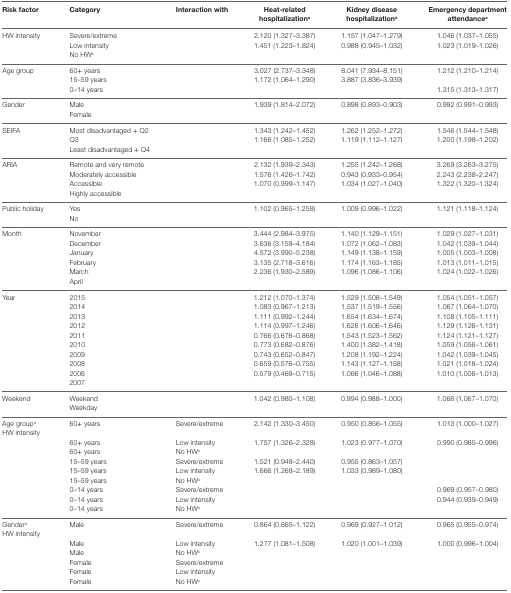
<table><thead><tr><td><b>Risk factor</b></td><td><b>Category</b></td><td><b>Interaction with</b></td><td><b>Heat-related hospitalization<sup>a</sup></b></td><td><b>Kidney disease hospitalization<sup>a</sup></b></td><td><b>Emergency department attendance<sup>a</sup></b></td></tr></thead><tbody><tr><td>HW intensity</td><td colspan="2">Severe/extreme</td><td>2.120 (1.327–3.387)</td><td>1.157 (1.047–1.279)</td><td>1.046 (1.037–1.055)</td></tr><tr><td></td><td>Low intensity</td><td></td><td>1.451 (1.223–1.824)</td><td>0.988 (0.945–1.032)</td><td>1.023 (1.019–1.026)</td></tr><tr><td></td><td>No HW<sup>a</sup></td><td></td><td></td><td></td><td></td></tr><tr><td>Age group</td><td>60+ years</td><td></td><td>3.027 (2.737–3.348)</td><td>8.041 (7.934–8.151)</td><td>1.212 (1.210–1.214)</td></tr><tr><td></td><td>15–59 years</td><td></td><td>1.172 (1.064–1.290)</td><td>3.887 (3.836–3.939)</td><td></td></tr><tr><td></td><td>0–14 years</td><td></td><td></td><td></td><td>1.315 (1.313–1.317)</td></tr><tr><td>Gender</td><td>Male</td><td></td><td>1.939 (1.814–2.072)</td><td>0.898 (0.893–0.903)</td><td>0.992 (0.991–0.993)</td></tr><tr><td></td><td>Female</td><td></td><td></td><td></td><td></td></tr><tr><td>SEIFA</td><td>Most disadvantaged + Q2</td><td></td><td>1.343 (1.242–1.452)</td><td>1.262 (1.252–1.272)</td><td>1.546 (1.544–1.548)</td></tr><tr><td></td><td>Q3</td><td></td><td>1.166 (1.085–1.252)</td><td>1.119 (1.112–1.127)</td><td>1.200 (1.198–1.202)</td></tr><tr><td></td><td>Least disadvantaged + Q4</td><td></td><td></td><td></td><td></td></tr><tr><td>ARIA</td><td>Remote and very remote</td><td></td><td>2.132 (1.939–2.343)</td><td>1.255 (1.242–1.268)</td><td>3.269 (3.263–3.275)</td></tr><tr><td></td><td>Moderately accessible</td><td></td><td>1.576 (1.426–1.742)</td><td>0.943 (0.933–0.954)</td><td>2.243 (2.238–2.247)</td></tr><tr><td></td><td>Accessible</td><td></td><td>1.070 (0.999–1.147)</td><td>1.034 (1.027–1.040)</td><td>1.322 (1.320–1.324)</td></tr><tr><td></td><td>Highly accessible</td><td></td><td></td><td></td><td></td></tr><tr><td>Public holiday</td><td>Yes</td><td></td><td>1.102 (0.965–1.258)</td><td>1.009 (0.996–1.022)</td><td>1.121 (1.118–1.124)</td></tr><tr><td></td><td>No</td><td></td><td></td><td></td><td></td></tr><tr><td>Month</td><td>November</td><td></td><td>3.444 (2.984–3.975)</td><td>1.140 (1.129–1.151)</td><td>1.029 (1.027–1.031)</td></tr><tr><td></td><td>December</td><td></td><td>3.636 (3.159–4.184)</td><td>1.072 (1.062–1.083)</td><td>1.042 (1.039–1.044)</td></tr><tr><td></td><td>January</td><td></td><td>4.572 (3.990–5.238)</td><td>1.149 (1.138–1.159)</td><td>1.005 (1.003–1.008)</td></tr><tr><td></td><td>February</td><td></td><td>3.135 (2.718–3.616)</td><td>1.174 (1.163–1.185)</td><td>1.013 (1.011–1.015)</td></tr><tr><td></td><td>March</td><td></td><td>2.236 (1.930–2.589)</td><td>1.096 (1.086–1.106)</td><td>1.024 (1.022–1.026)</td></tr><tr><td></td><td>April</td><td></td><td></td><td></td><td></td></tr><tr><td>Year</td><td>2015</td><td></td><td>1.212 (1.070–1.374)</td><td>1.529 (1.508–1.549)</td><td>1.054 (1.051–1.057)</td></tr><tr><td></td><td>2014</td><td></td><td>1.083 (0.967–1.213)</td><td>1.537 (1.519–1.556)</td><td>1.067 (1.064–1.070)</td></tr><tr><td></td><td>2013</td><td></td><td>1.111 (0.992–1.244)</td><td>1.654 (1.634–1.674)</td><td>1.108 (1.105–1.111)</td></tr><tr><td></td><td>2012</td><td></td><td>1.114 (0.997–1.246)</td><td>1.626 (1.606–1.646)</td><td>1.129 (1.126–1.131)</td></tr><tr><td></td><td>2011</td><td></td><td>0.766 (0.676–0.868)</td><td>1.543 (1.523–1.562)</td><td>1.124 (1.121–1.127)</td></tr><tr><td></td><td>2010</td><td></td><td>0.773 (0.682–0.876)</td><td>1.400 (1.382–1.418)</td><td>1.059 (1.056–1.061)</td></tr><tr><td></td><td>2009</td><td></td><td>0.743 (0.652–0.847)</td><td>1.208 (1.192–1.224)</td><td>1.042 (1.039–1.045)</td></tr><tr><td></td><td>2008</td><td></td><td>0.659 (0.576–0.755)</td><td>1.143 (1.127–1.158)</td><td>1.021 (1.018–1.024)</td></tr><tr><td></td><td>2006</td><td></td><td>0.579 (0.469–0.715)</td><td>1.066 (1.046–1.088)</td><td>1.010 (1.006–1.013)</td></tr><tr><td></td><td>2007</td><td></td><td></td><td></td><td></td></tr><tr><td>Weekend</td><td>Weekend</td><td></td><td>1.042 (0.980–1.108)</td><td>0.994 (0.988–1.000)</td><td>1.068 (1.067–1.070)</td></tr><tr><td></td><td>Weekday</td><td></td><td></td><td></td><td></td></tr><tr><td>Age group<sup>a</sup></td><td rowspan="2">60+ years</td><td rowspan="2">Severe/extreme</td><td rowspan="2">2.142 (1.330–3.450)</td><td rowspan="2">0.950 (0.856–1.055)</td><td rowspan="2">1.013 (1.000–1.027)</td></tr><tr><td>HW intensity</td></tr><tr><td></td><td>60+ years</td><td>Low intensity</td><td>1.757 (1.326–2.328)</td><td>1.023 (0.977–1.070)</td><td>0.990 (0.985–0.996)</td></tr><tr><td></td><td>60+ years</td><td>No HW<sup>a</sup></td><td></td><td></td><td></td></tr><tr><td></td><td>15–59 years</td><td>Severe/extreme</td><td>1.521 (0.948–2.440)</td><td>0.955 (0.863–1.057)</td><td></td></tr><tr><td></td><td>15–59 years</td><td>Low intensity</td><td>1.666 (1.268–2.189)</td><td>1.033 (0.989–1.080)</td><td></td></tr><tr><td></td><td>15–59 years</td><td>No HW<sup>a</sup></td><td></td><td></td><td></td></tr><tr><td></td><td>0–14 years</td><td>Severe/extreme</td><td></td><td></td><td>0.969 (0.957–0.980)</td></tr><tr><td></td><td>0–14 years</td><td>Low intensity</td><td></td><td></td><td>0.944 (0.939–0.949)</td></tr><tr><td></td><td>0–14 years</td><td>No HW<sup>a</sup></td><td></td><td></td><td></td></tr><tr><td>Gender<sup>a</sup></td><td rowspan="2">Male</td><td rowspan="2">Severe/extreme</td><td rowspan="2">0.864 (0.665–1.122)</td><td rowspan="2">0.969 (0.927–1.012)</td><td rowspan="2">0.965 (0.955–0.974)</td></tr><tr><td>HW intensity</td></tr><tr><td></td><td>Male</td><td>Low intensity</td><td>1.277 (1.081–1.508)</td><td>1.020 (1.001–1.039)</td><td>1.000 (0.996–1.004)</td></tr><tr><td></td><td>Male</td><td>No HW<sup>a</sup></td><td></td><td></td><td></td></tr><tr><td></td><td>Female</td><td>Severe/extreme</td><td></td><td></td><td></td></tr><tr><td></td><td>Female</td><td>Low intensity</td><td></td><td></td><td></td></tr><tr><td></td><td>Female</td><td>No HW<sup>a</sup></td><td></td><td></td><td></td></tr></tbody></table>